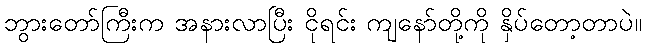
ဘွားတော်ကြီးက အနားလာပြီး ငိုရင်း ကျနော်တို့ကို နှိပ်တော့တာပဲ။